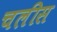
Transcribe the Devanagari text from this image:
चलीस